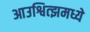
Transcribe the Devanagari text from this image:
आउश्वित्झमध्ये